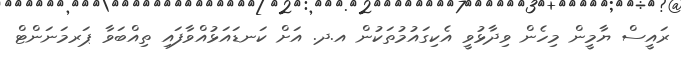
ރައީސް ޔާމީން މިހެން ވިދާޅުވީ އެކިގައުމުތަކުން އ.ދ. އަށް ކަނޑައަޅުއްވާފައި ތިއްބަވާ ޕަރމަނަންޓް